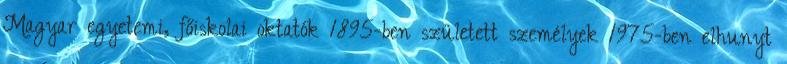
Magyar egyetemi, főiskolai oktatók 1895-ben született személyek 1975-ben elhunyt